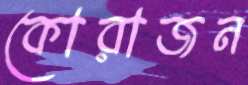
কোরাজন